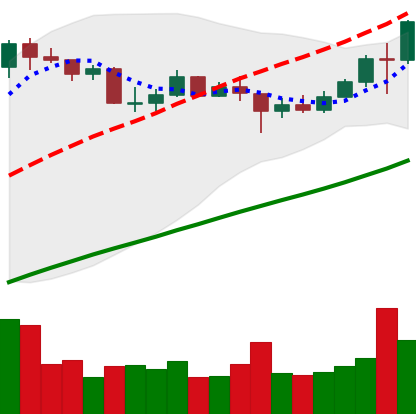
Ticker: LINK-USD
Chart end date: 2020-08-03
Forward return: 38.457%
Label: up_7plus